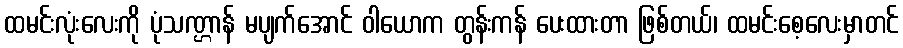
ထမင်းလုံးလေးကို ပုံသဏ္ဌာန် မပျက်အောင် ဝါယောက တွန်းကန် ပေးထားတာ ဖြစ်တယ်၊ ထမင်းစေ့လေးမှာတင်